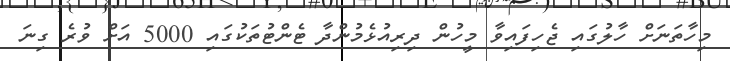
މިހާތަނަށް ހާލުގައި ޖެހިފައިވާ މީހުން ދިރިއުޅެމުންދާ ޓެންޓުތަކުގައި 5000 އަށް ވުރެ ގިނަ